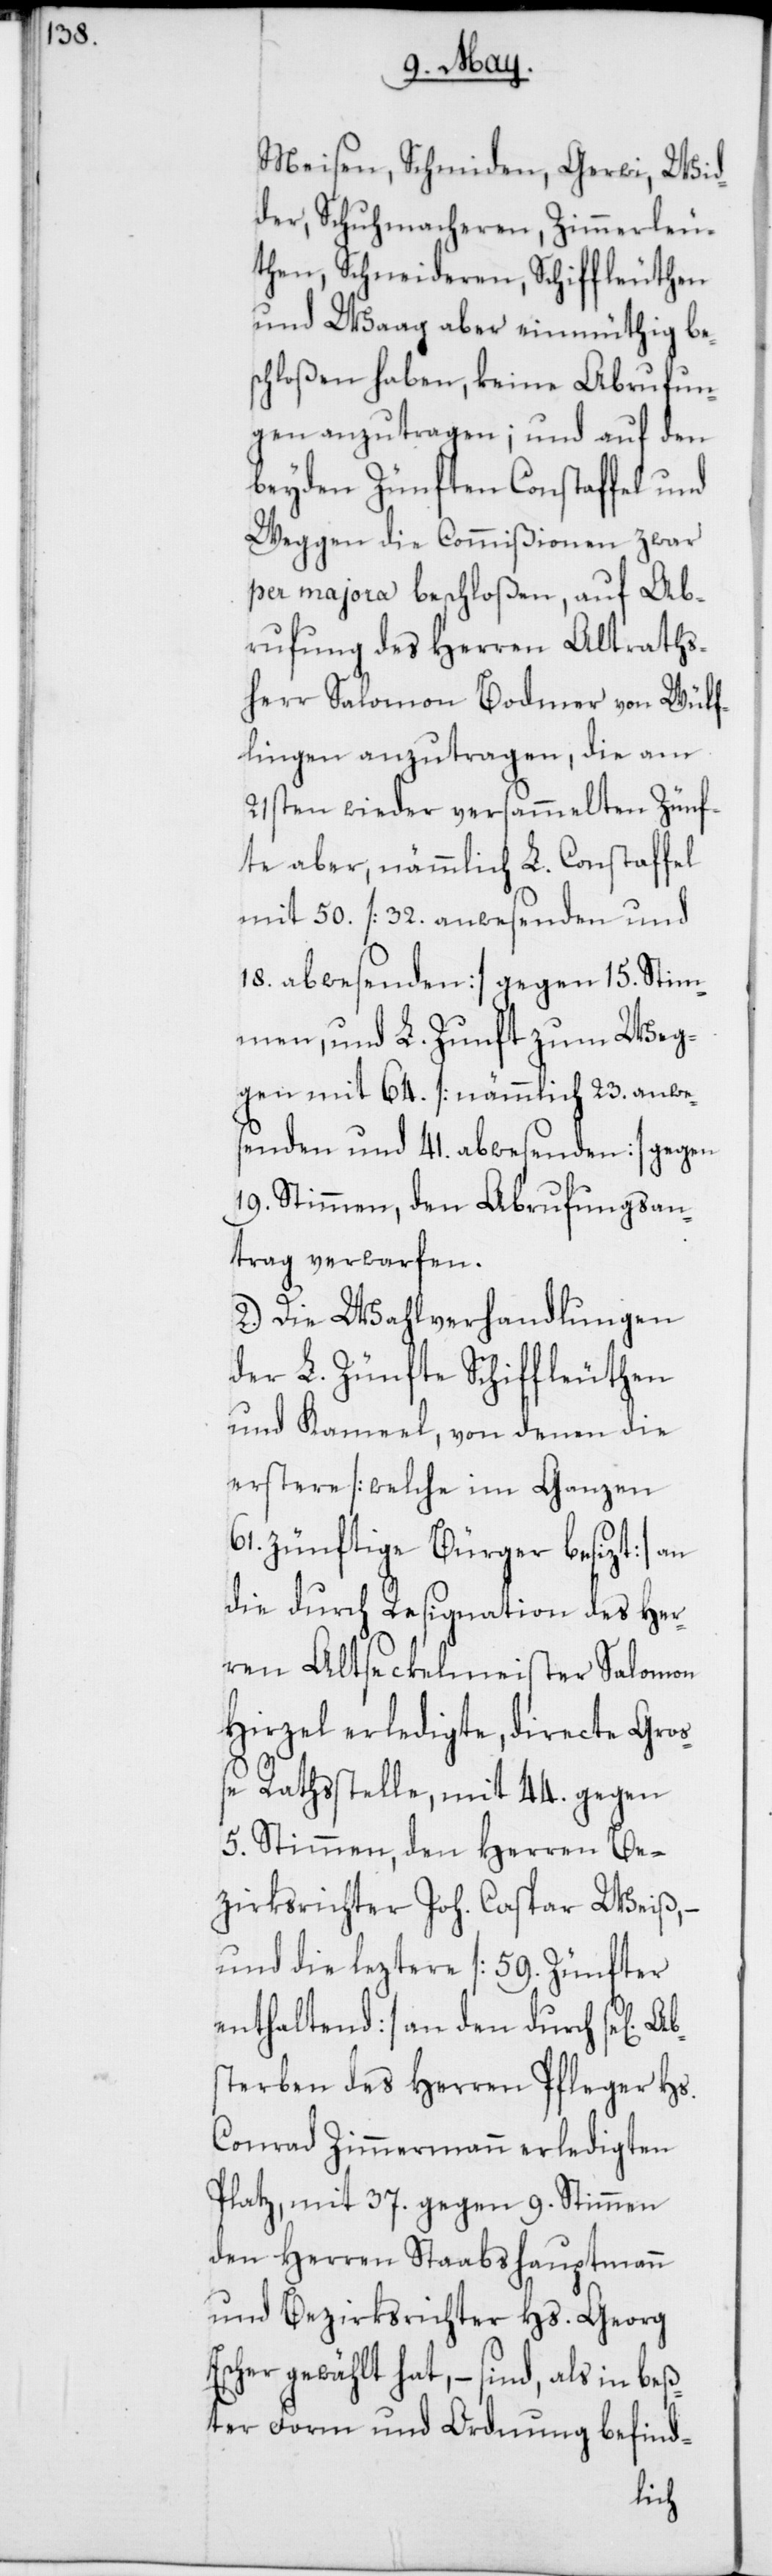
s] Abs¬
Meisen, Schmiden, Gerwi, Wid¬
der, Schuhmacheren, Zimmerleu¬
ten, Schneideren Schiffleuthen
und Waag aber einmüthig be¬
schloßen haben, keine Abrufun¬
gen anzutragen; und auf den
beyden Zünften Constaffel und
Weggen die Commißionen zwar
per majora beschloßen, auf Ab¬
rufung des Herren Altraths¬
herr Salomon Bodmer von Wülf¬
lingen anzutragen, die am
21sten wieder versammelten Zünf¬
te aber, nämmlich L. Constaffel
mit 50. [32. anwesenden und
18. abwesenden] gegen 15. Stim¬
men, und L. Zunft zum Weg¬
gen mit 64. [nämmlich 23. anwe¬
senden und 41. abwesenden] gegen
19. Stimmen, den Abrufungsan¬
trag verwarfen.
2.) Die Wahlverhandlungen
der L. Zünfte Schiffleuthen
und Kameel, von denen die
erstere [welche im Ganzen
61. zünftige Bürger besizt] an
die durch Resignation des Her¬
ren Altseckelmeister Salomon
Hirzel erledigte, directe Groß¬
e Rathsstelle, mit 44. gegen
5. Stimmen, den Herren Be¬
zirksrichter Joh. Caspar Weiß, –
und die leztere [59. Zünfter
enthaltend] an den durch se[lige¬
terben des Herren Pfleger Hs.
Conrad Zimmermann erledigten
Platz, mit 37. gegen 9. Stimmen
den Herren Stabshauptmann
und Bezirksrichter Hs. Georg
Escher gewählt hat, – sind, als in beß¬
ter Form und Ordnung befind-